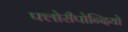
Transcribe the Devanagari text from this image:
फ्लोरीपोन्दियो